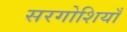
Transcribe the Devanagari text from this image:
सरगोशियाँ